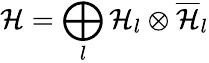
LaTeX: {\cal H}=\bigoplus_{l}{\cal H}_{l}\otimes\overline{{{\cal H}}}_{l}